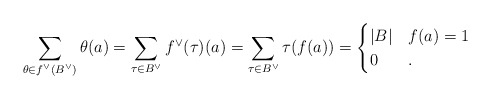
\begin{align*}\displaystyle \sum_{\theta \in f^\vee(B^\vee)} \theta(a) =\sum_{\tau \in B^\vee} f^\vee(\tau)(a) =\sum_{\tau \in B^\vee} \tau(f(a) )=\begin{cases} |B| & f(a)=1\\0 & . \end{cases}\end{align*}